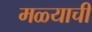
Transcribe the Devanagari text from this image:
मळ्याची